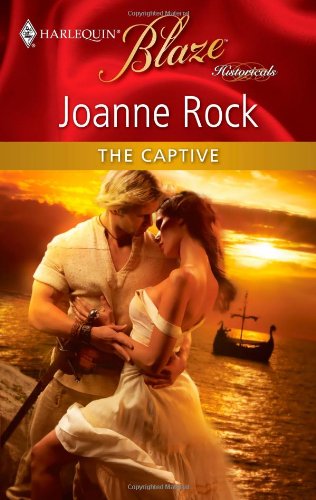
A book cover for The Captive; Joanne Rock; Romance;